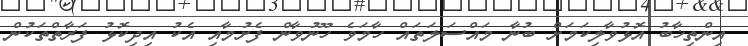
އިންތިޚާބު އޮޅުވާލިކަމަށް ބުނާ މައްސަލަތައް ހާމަވެ ހޫނުވާން ފެށުމާއި އެކު އިދިކޮޅު ފަރާތްތަކުން